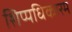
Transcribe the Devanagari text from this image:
शिप्पधिकारम